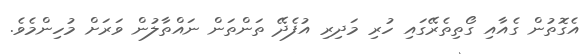
އެގޮތުން ގެއާއި ގޯތިތެރޭގައި ހުރި މަދިރި އުފެދޭ ތަންތަން ނައްތާލުން ވަރަށް މުހިންމެވެ.